King Institute of Preventive Medicine Bacteriolog. Section reports 1907-08
Year: 1907
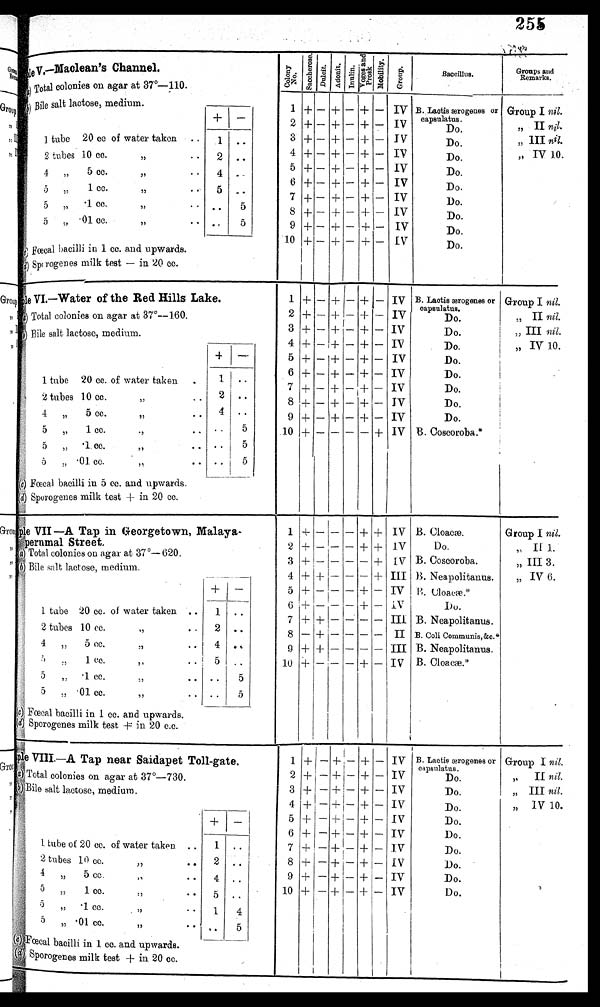
255
Sample V.--Maclean's Channel.
C o l o n y n o .
S a c c h a r o s e . D u l c i t e . A d o n i t e . I n u l i n .
V o g e s a n d P r o s k .
M o t i l i t y .
G r o u p .
Baccillus.
Groups and
Remarks.
Total colonies on agar at 37°-110.
a)
1 + — + — + — IV
2 + — + — + — IV
3 + — + — + — IV
4 + — + — + — IV
5 + --+ — + — IV
6 + — + — + — IV
7 +— +
+ — IV
8 +— +— +— IV
9 + — + — + — IV
10+ — + — + _ IV
B. Lactis ærogenes or
capsulatus.
D o.
Do.
Do.
Do.
Do.
Do.
Do.
Do.
Do.
(b) Bile salt lactose, medium.
Group I nil.
,, II nil.
„ III nil.
,, IV 10.
1 tube 20 cc of water taken .
2 tubes 10 cc.
•
•
4 ,, 5 cc.
,,
• •
5 „
1 cc.
•
.1
cc.
• •
5 „ '01 cc.
•
•
2
4
5
• •
.
• •
..
..
5
Fœcal bacilli in 1 cc. and upwards.
) Sporogenes milk test -- in 20 cc.
1
S A M P L E
Sample VI.—•Water of the Red Hills Lake.
1 + — + — + l — IV
2 + — + — + — IV
3 + — 4- — + — IV
4 + — + — + — IV
5 + — + — + — IV
6 +—+—+— IV
7 + — + — + — IV
B. Laotis ærogenes or
capsulatus.
Do.
Do.
Do.
Do.
Do.
Do.
Do.
Do.
B. Coscoroba.
Group I nil.
„ II nil.
III nil.
„ IV 1.0.
Total colonies on agar at 37°--160.
Bile salt lactose, medium.
+
—
1 tube 20 cc. of water taken .
2 tubes 10 cc.
,,
.
4 ,, 5 cc.
• •
5 „ 1 cc.
.,
• •
5
.1 cc. ,,
..
5 „ • 01. cc.
,,
I
2
4
• •
•• j
• •
• •
• •
5
5
Fœcal bacilli in. 5 cc. and upwards.
) Sporogenes milk test ± in 20 cc.
4
Sample VII —A. Tap in Georgetown, Malaya-
perumal Street.
Total colonies on agar at 37°— b20.
Bile salt lactose, medium.
1 4- — — — + + IV
2 + — — — + + IV
3 + — — — — + IV
4 + + — — — + III
5 +---+— IV
6
+ — — + — IV
7 + + I — — — — III
8 — + — — — — II
9 + + — — — — III
10 + — — 4- — IV
B. Cloacæ.
Do,
B. Coscoroba.
Group I nil.
,, II 1..
„ III 3.
„ IV 6.
1 tube 20 cc. of water taken ..
2 tubes 10 cc.
,
. .
4 „ 5 cc.
,,
..
1. cc., ,,
5 , .1 cc...
5 „ .01 cc.
,,
2
4
. .
• •
• •
• ,
.. .
5
(c)
Fœcal bacilli in 1 cc. and upwards.
Sporogenes milk test + in 20 c.c.
SAMPLE
Sample VIII.—A Tap near Saidapet Toll-gate.
(a)
Total colonies on agar at 37°-730.
(b)
ile salt lactose, medium.
1 + I — + — + — IV
2 +1— + -- + — IV
3 + I — + --- + — IV
4 + — + - + — IV
5 + — + . -- + — IV
6 + — + — + — IV
7 + — + — + — IV
8 + — + — +— IV
9 + — + — + --IV
10 + — + — + — IV
B. Lactic ærogenes or
capsulatus .
Do.
Do,
Do.
Do.
Do.
Do.
Do.
Do.
Do.
Group I nil.
„
II nil.
„ III nil.
„
IV 10.
+ —
1 tube of 20 cc. of water taken. . .
2 tubes 10 cc.,,
• •
4
5 cc.. ,,
5 „ 1 cc
• •
5
7%
.1
CC.. ,,
• •
5 „ .01 cc.
55
• •
1
5
1
• .
..
• •
..
. .
4
5
--- ( c ) F œ c a l
bacilli in 1 cc, and upwards.
(d) Sporogene milk test + in 20 cc.